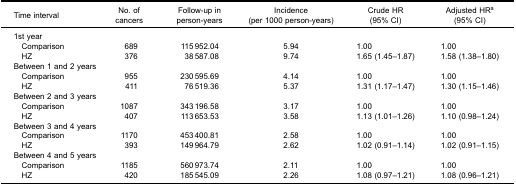
<table><thead><tr><td><b>Time interval</b></td><td><b>No. ofcancers</b></td><td><b>Follow-up inperson-years</b></td><td><b>Incidence(per 1000 person-years)</b></td><td><b>Crude HR(95% CI)</b></td><td><b>Adjusted HR<sup>a</sup>(95% CI)</b></td></tr></thead><tbody><tr><td>1st year</td><td> </td><td> </td><td> </td><td> </td><td> </td></tr><tr><td> Comparison</td><td>689</td><td>115 952.04</td><td>5.94</td><td>1.00</td><td>1.00</td></tr><tr><td> HZ</td><td>376</td><td>38 587.08</td><td>9.74</td><td>1.65 (1.45–1.87)</td><td>1.58 (1.38–1.80)</td></tr><tr><td colspan="2">Between 1 and 2 years</td><td> </td><td> </td><td> </td><td> </td></tr><tr><td> Comparison</td><td>955</td><td>230 595.69</td><td>4.14</td><td>1.00</td><td>1.00</td></tr><tr><td> HZ</td><td>411</td><td>76 519.36</td><td>5.37</td><td>1.31 (1.17–1.47)</td><td>1.30 (1.15–1.46)</td></tr><tr><td colspan="2">Between 2 and 3 years</td><td> </td><td> </td><td> </td><td> </td></tr><tr><td> Comparison</td><td>1087</td><td>343 196.58</td><td>3.17</td><td>1.00</td><td>1.00</td></tr><tr><td> HZ</td><td>407</td><td>113 653.53</td><td>3.58</td><td>1.13 (1.01–1.26)</td><td>1.10 (0.98–1.24)</td></tr><tr><td colspan="2">Between 3 and 4 years</td><td> </td><td> </td><td> </td><td> </td></tr><tr><td> Comparison</td><td>1170</td><td>453 400.81</td><td>2.58</td><td>1.00</td><td>1.00</td></tr><tr><td> HZ</td><td>393</td><td>149 964.79</td><td>2.62</td><td>1.02 (0.91–1.14)</td><td>1.02 (0.91–1.15)</td></tr><tr><td colspan="2">Between 4 and 5 years</td><td> </td><td> </td><td> </td><td> </td></tr><tr><td> Comparison</td><td>1185</td><td>560 973.74</td><td>2.11</td><td>1.00</td><td>1.00</td></tr><tr><td> HZ</td><td>420</td><td>185 545.09</td><td>2.26</td><td>1.08 (0.97–1.21)</td><td>1.08 (0.96–1.21)</td></tr></tbody></table>